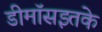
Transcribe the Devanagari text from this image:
डीमॉसइतके